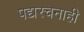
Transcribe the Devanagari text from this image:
पद्यरचनाही